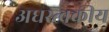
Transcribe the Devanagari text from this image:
अधस्त्वकीय